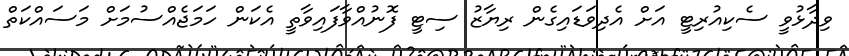
ވިދާޅުވީ ސެކިއުރިޓީ އަށް އެދިވަޑައިގެން ރިޔާޒު ސިޓީ ފޮނުއްވާފައިވާތީ އެކަން ހަމަޖެއްސުމަށް މަސައްކަތް